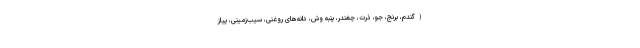
(گندم، برنج، جو، ذرت، چغندر، پنبه وش، دانه‌های روغنی، سیب‌زمینی، پیاز